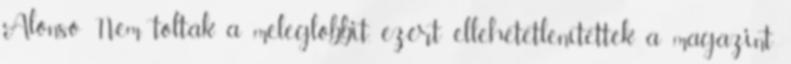
Alonso Nem tolták a meleglobbit, ezért ellehetetlenítették a magazint